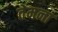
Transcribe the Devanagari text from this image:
तेमना